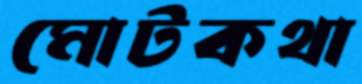
মোটকথা